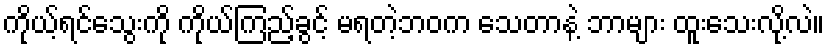
ကိုယ့်ရင်သွေးကို ကိုယ်ကြည့်ခွင့် မရတဲ့ဘဝက သေတာနဲ့ ဘာများ ထူးသေးလို့လဲ။